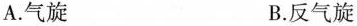
A.气旋 B.反气旋